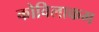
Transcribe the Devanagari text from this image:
कोविलाकम